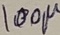
Text: 100µ